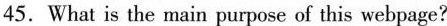
45.What is the main purpose of this webpage?